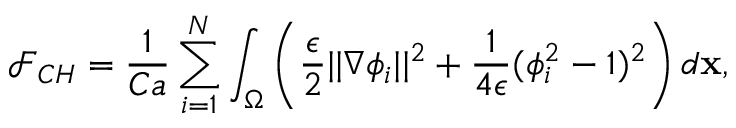
\mathcal { F } _ { C H } = \frac { 1 } { C a } \sum _ { i = 1 } ^ { N } \int _ { \Omega } \left( \frac { \epsilon } { 2 } | | \nabla \phi _ { i } | | ^ { 2 } + \frac { 1 } { 4 \epsilon } ( \phi _ { i } ^ { 2 } - 1 ) ^ { 2 } \right) d \mathbf { x } ,